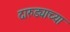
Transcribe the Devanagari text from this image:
दारुड्याच्या